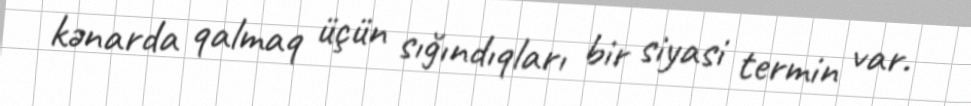
kənarda qalmaq üçün sığındıqları bir siyasi termin var.